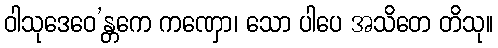
ဝါသုဒေဝေ’န္တကေ ကဏှော၊ သော ပါပေ အသိတေ တိသု။